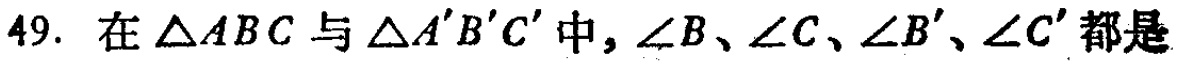
49. 在$\triangle ABC$与$\triangle A'B'C'$中，$\angle B$、$\angle C$、$\angle B'$、$\angle C'$都是